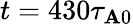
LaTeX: t=430\tau_{\mathbf{A}0}